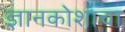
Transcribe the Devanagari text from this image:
ज्ञानकोशाचा